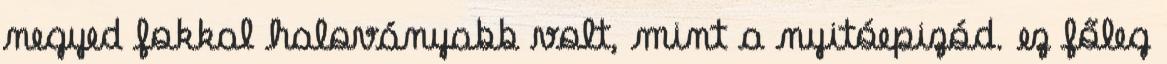
negyed fokkal haloványabb volt, mint a nyitóepizód. ez főleg